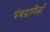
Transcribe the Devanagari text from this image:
पंचद्राविड़ों